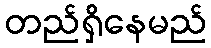
တည်ရှိနေမည်